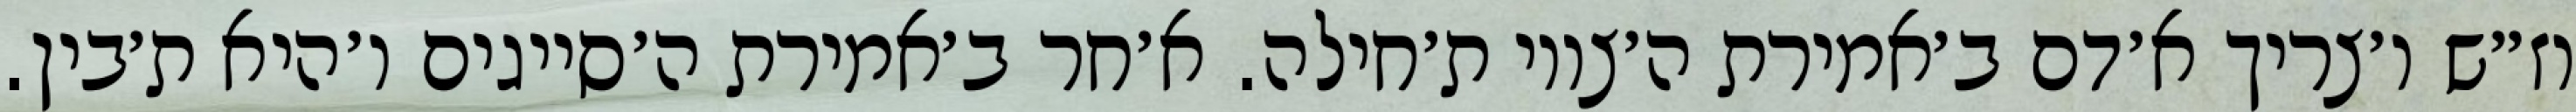
וז״ש ו׳צריך א׳דם ב׳אמירת ה׳צווי ת׳חילה. א׳חר ב׳אמירת ה׳סייגים ו׳היא ת׳בין.